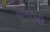
ચબરખી